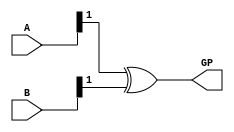
`timescale 1ns / 1ps
//////////////////////////////////////////////////////////////////////////////////
// Company: 
// 
// Design Name: 
// Module Name:    Group propagate signal 
// Project Name:   Basic Components
// Target Devices: 
// Tool versions: 
// Description: 
//
// Dependencies: 
//
// Revision: 
// Revision 0.01 - File Created
// Additional Comments: 
//
//////////////////////////////////////////////////////////////////////////////////

module group_p #(parameter i=1, j=0)(
	output GP, 
	input [i:j] A, B);

	wire [i:j] p;
	wire [i:j] gp;   

        genvar f;

		generate
			for(f=j; f<i+1; f=f+1)
				begin
					if (f==0)
						assign gp[f]=0;
					else if (f==j | f==1)
						xor (gp[f], A[f], B[f]);
					else begin
						xor (p[f], A[f], B[f]);
						and (gp[f], p[f], gp[f-1]);
					end					
				end
		endgenerate
      	assign GP=gp[i];		
endmodule